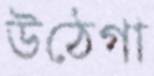
উঠেগা